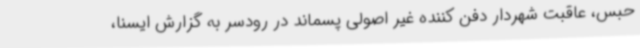
حبس، عاقبت شهردار دفن کننده غیر اصولی پسماند در رودسر به گزارش ایسنا،